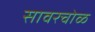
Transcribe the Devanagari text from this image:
सावरचोळ